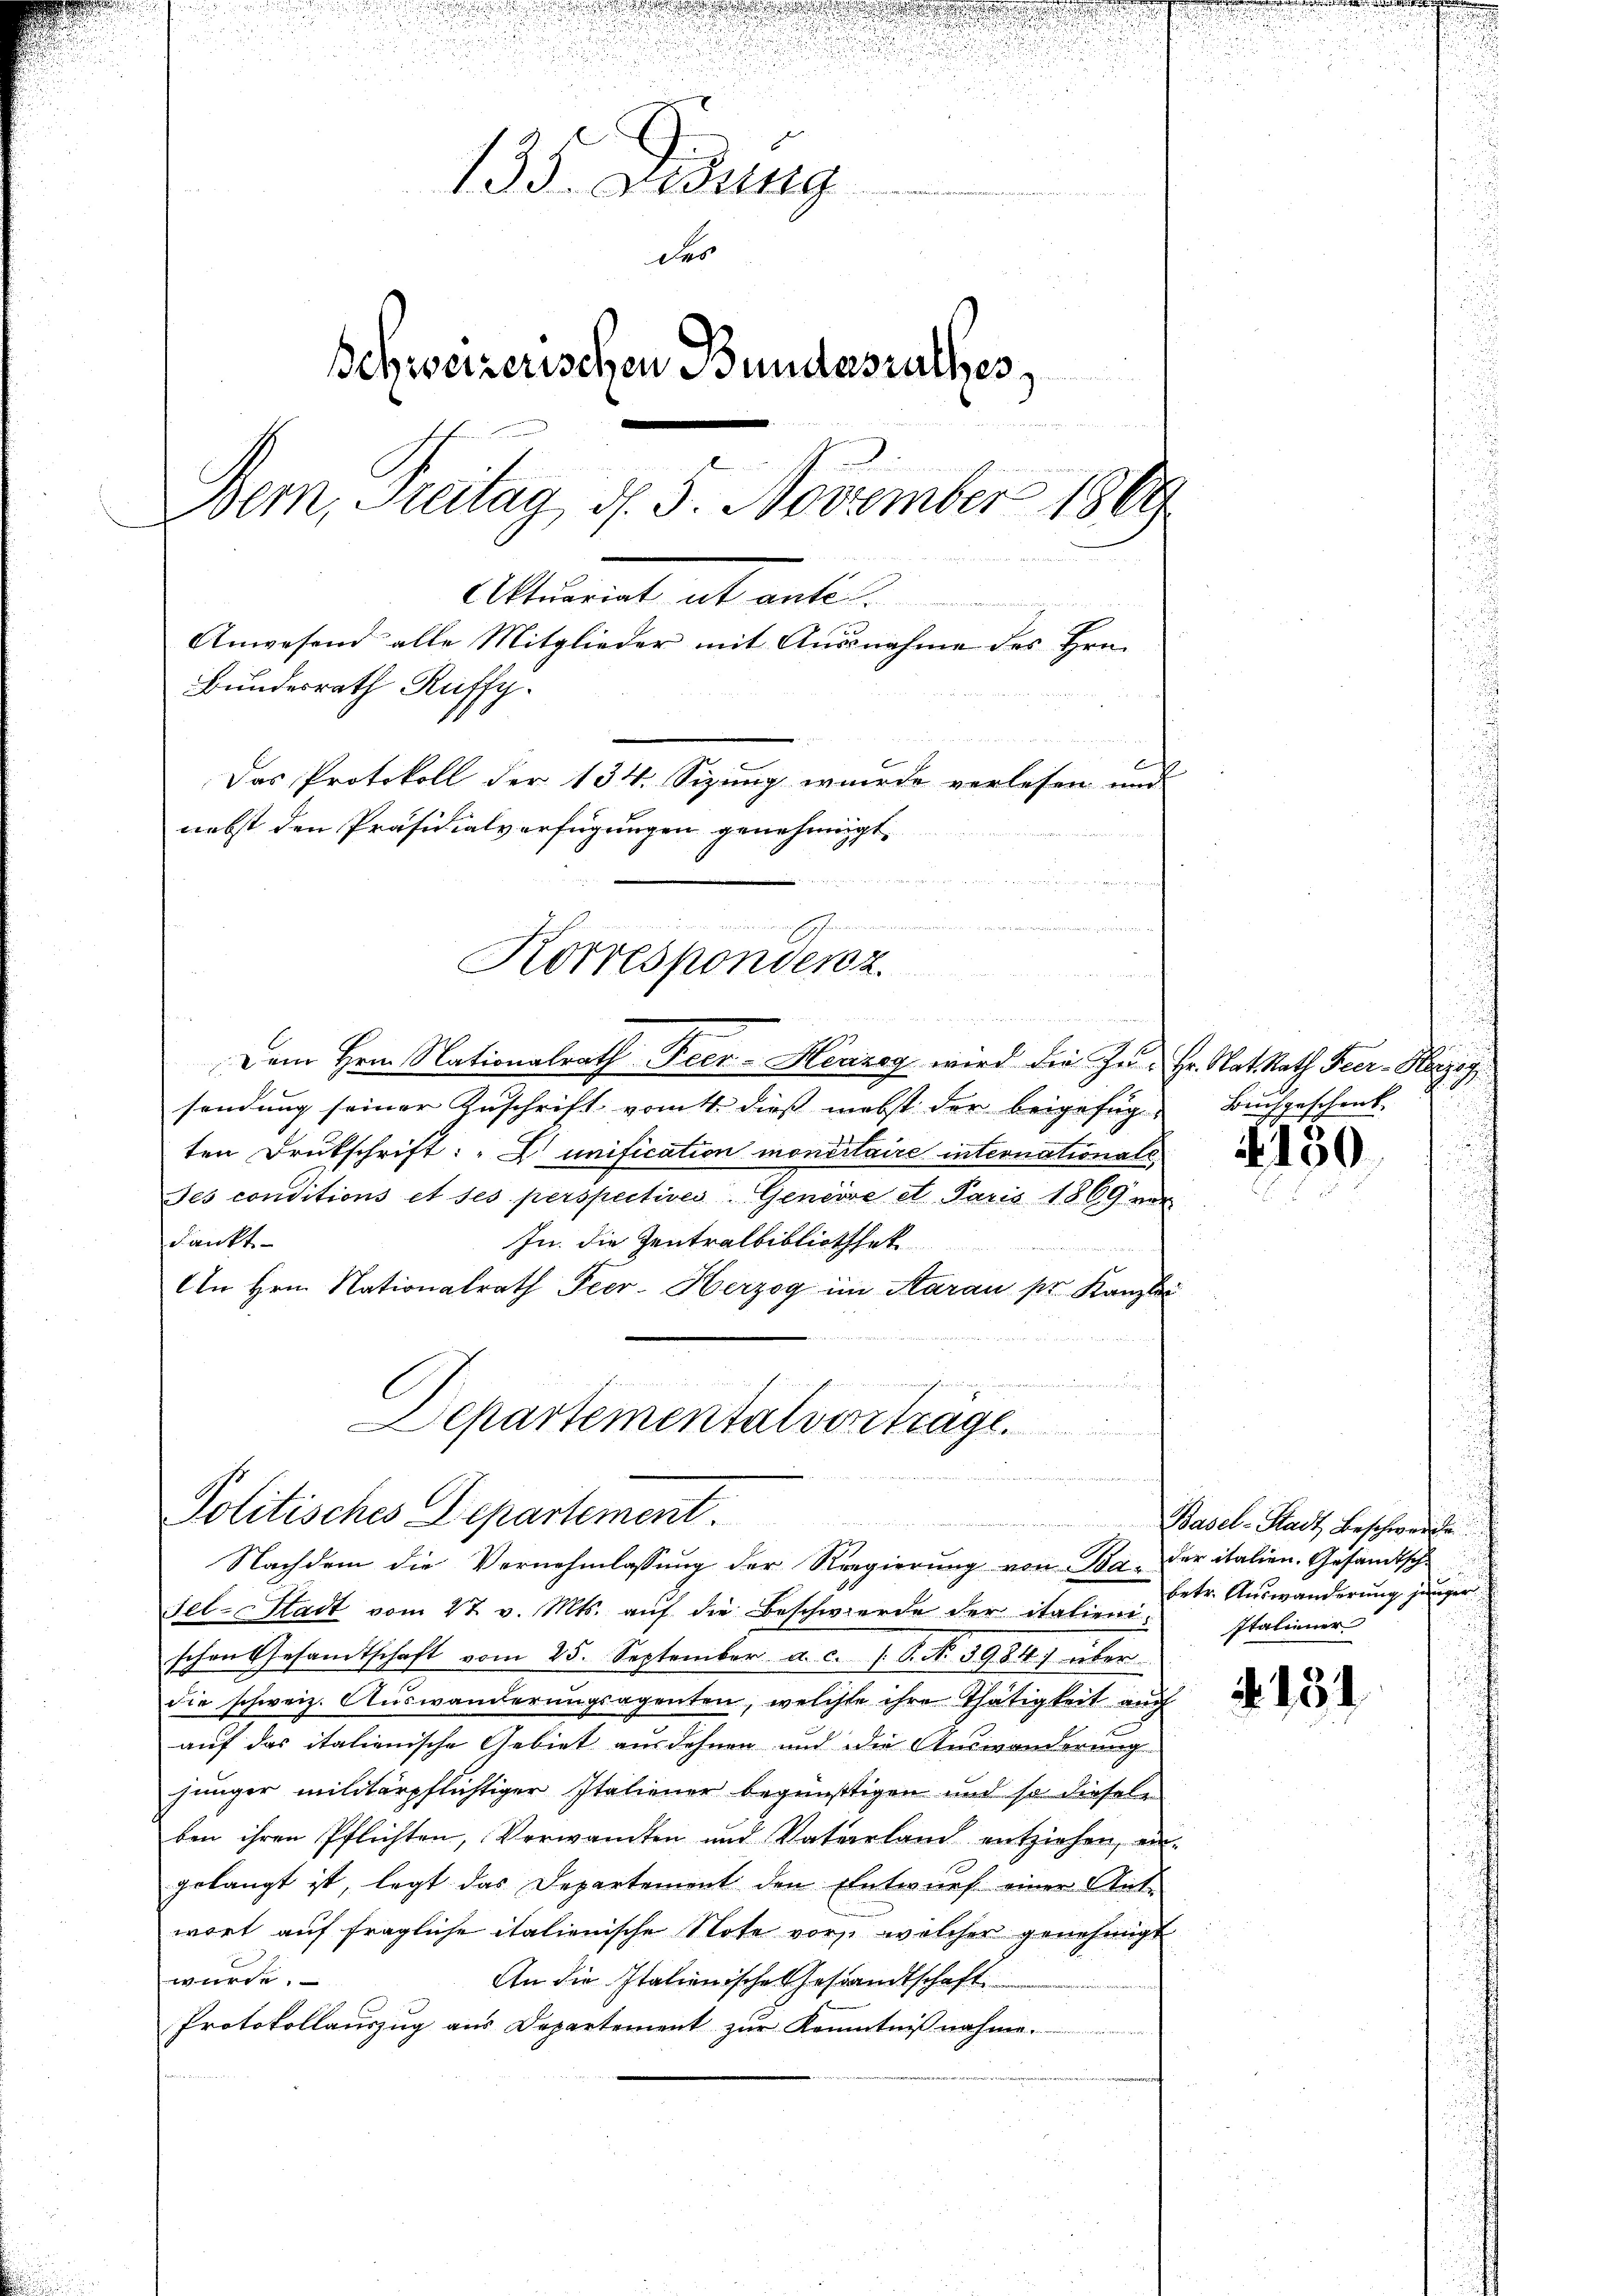
d
133. Didung
des
Behweizerischen Bundesrathes
Bern, Freitag, d. 5. November 1809
Alumnat ab ant
Anwesend alle Mitglieder mit Ausnahme des Hrn.
Bundesrath Ruffy.
Das Protokoll der 134. Sizung wurde verlesen und
nebst den Präsidialverfügungen genehmigt.
un

wesen nachsichen an
Korrespondenz.

Dem Hern Nationalrath Beer. - Herzey wird die Zu- Hr. Rat. Rath Feer- Herzog
sendung seiner Zuschrift vom 4. dieß nebst der beigefügt Buchgeschenk
ten Drukschrift: "D unification monetaire internationale
Jes conditions et ses perspectives Geneise et Paris 1869 vor
dankt
In die Zentralbibliothek
An Hrn. Nationalrath Peer- Herzog im Aarau pr. Kanzlei
s

.

epartementalverträge.
Politisches Departement
u
Nachdem die Vernehmlassung der Regierung von Ba- Der italien. Gesandtsche

Fel-Stadt vom 27. v. Mts. aŭf die Beschwerde der italieni
schon Gesamtschaft vom 25. September a. c. s. S. N. 3984. über
die schweiz. Auswanderungsagenten, welchte ihre Thätigkeit auch
auf das italienische Gebiet ausdehnen und die Auswanderung
junger militärpflichtiger Italiener begünstigen und so dieselben ihren Pflichten, Verwandten und Vaterland entziehen, ein-
gelangt ist, legt das Departement den Entwurf einer Ant-
wort auf fragliche italienische Note vor, welcher genehmigt
würde,
An die Italienische Gesandtschaft
Protokollauszug aus Departement zur Kenntnißnahme.

4150

Basel-Stadt Beschwerde
betr. Auswanderung junger
Italiener

131